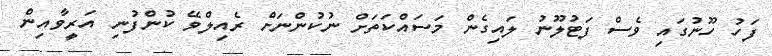
ފަހު ހޫނުގައި ވެސް ފަޓުލޫނު ލައިގެން މަސައްކަތަށް ނުކުންނަށް ރެއިލްވޭ ކުންފުނި އަރީވާއިން